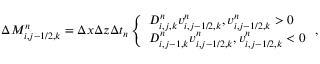
\begin{array} { r } { \Delta M _ { i , j - 1 / 2 , k } ^ { n } = \Delta x \Delta z \Delta t _ { n } \left\{ \begin{array} { l l } { D _ { i , j , k } ^ { n } v _ { i , j - 1 / 2 , k } ^ { n } , v _ { i , j - 1 / 2 , k } ^ { n } > 0 } \\ { D _ { i , j - 1 , k } ^ { n } v _ { i , j - 1 / 2 , k } ^ { n } , v _ { i , j - 1 / 2 , k } ^ { n } < 0 } \end{array} \right. , } \end{array}